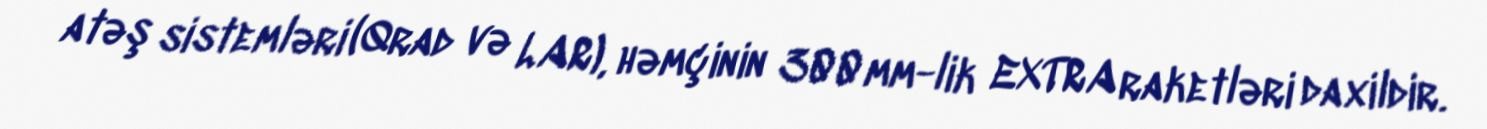
atəş sistemləri (Qrad və LAR), həmçinin 300 mm-lik EXTRA raketləri daxildir.